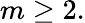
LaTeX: m\geq 2.